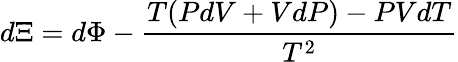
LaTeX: d\Xi=d\Phi-{\frac{T(PdV+VdP)-PVdT}{T^{2}}}